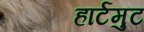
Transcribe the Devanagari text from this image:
हार्टमुट